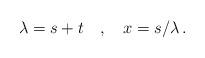
LaTeX: \begin{align*}\lambda = s+t \quad,\quad x=s/\lambda \,.\end{align*}